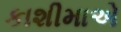
કાશીમાએ